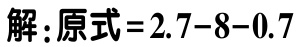
解：原式=2.7-8-0.7